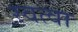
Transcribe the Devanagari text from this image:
स्वत्वा